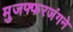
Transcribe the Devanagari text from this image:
मुजफ्फरजंगने